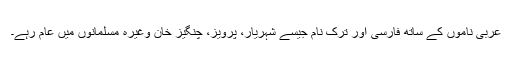
عربی ناموں کے ساتھ فارسی اور ترک نام جیسے شہریار، پرویز، چنگیز خان وغیرہ مسلمانوں میں عام رہے۔